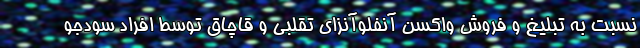
نسبت به تبلیغ و فروش واکسن آنفلوآنزای تقلبی و قاچاق توسط افراد سودجو